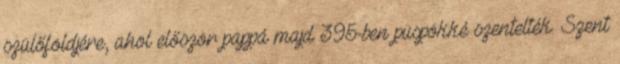
szülőföldjére, ahol először pappá majd 395-ben püspökké szentelték. Szent